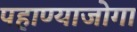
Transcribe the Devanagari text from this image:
पहाण्याजोगा